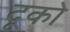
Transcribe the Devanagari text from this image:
दूको